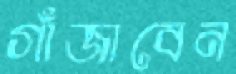
গাঁজাবেন